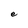
Character: e